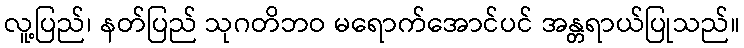
လူ့ပြည်၊ နတ်ပြည် သုဂတိဘဝ မရောက်အောင်ပင် အန္တရာယ်ပြုသည်။